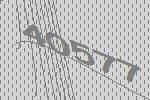
40577